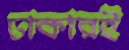
ঢাকারই